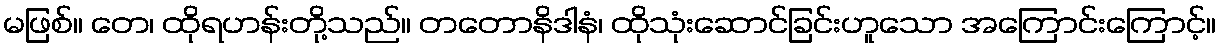
မဖြစ်။ တေ၊ ထိုရဟန်းတို့သည်။ တတောနိဒါနံ၊ ထိုသုံးဆောင်ခြင်းဟူသော အကြောင်းကြောင့်။